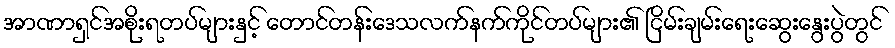
အာဏာရှင်အစိုးရတပ်များနှင့် တောင်တန်းဒေသလက်နက်ကိုင်တပ်များ၏ ငြိမ်းချမ်းရေးဆွေးနွေးပွဲတွင်